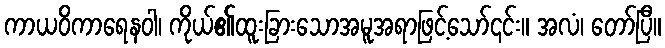
ကာယဝိကာရေနဝါ၊ ကိုယ်၏ထူးခြားသောအမူအရာဖြင့်သော်၎င်း။ အလံ၊ တော်ပြီ။